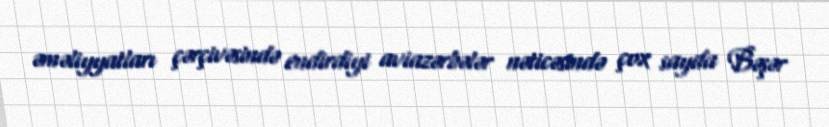
əməliyyatları çərçivəsində endirdiyi aviazərbələr nəticəsində çox sayda Bəşər